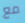
مع